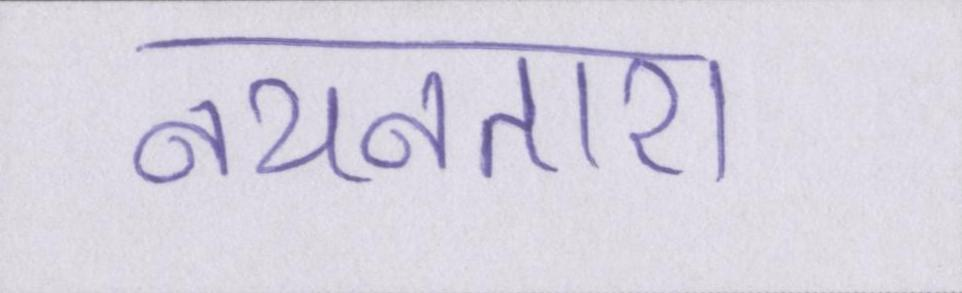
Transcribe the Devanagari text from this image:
नयनतारा